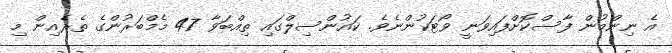
އެ ނިންމުން ފާސްކޮށްފައިވަނީ ވޯޓަކުންނެވެ. ކައުންސިލްގައި ތިއްބަވާ 47 މެމްބަރުންގެ ތެރެއިން މި